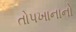
તોપખાનાનો